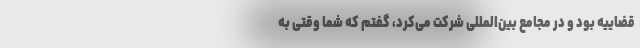
قضاییه بود و در مجامع بین‌المللی شرکت می‌کرد، ‌گفتم که شما وقتی به